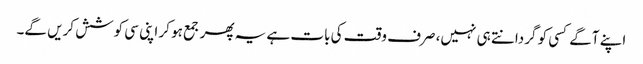
اپنے آگے کسی کو گردانتے ہی نہیں، صرف وقت کی بات ہے یہ پھر جمع ہو کر اپنی سی کوشش کریں گے۔